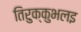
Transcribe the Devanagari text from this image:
तिरुक्कुभलइ